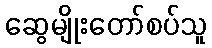
ဆွေမျိုးတော်စပ်သူ